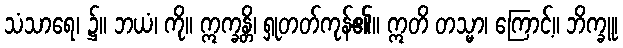
သံသာရေ၊ ၌။ ဘယံ၊ ကို။ ဣက္ခန္တိ၊ ရှုတတ်ကုန်၏။ ဣတိ တသ္မာ၊ ကြောင့်။ ဘိက္ခူ၊